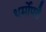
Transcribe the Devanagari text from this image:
थर्मोपलै